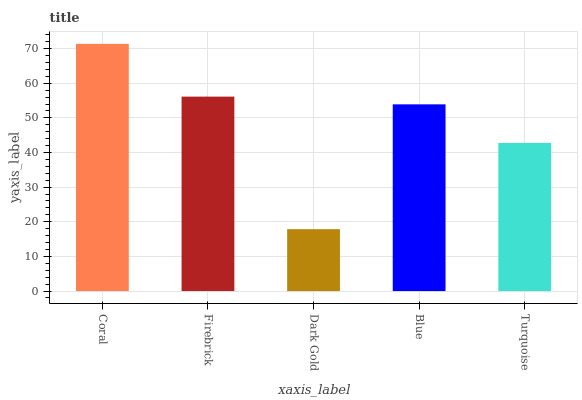
| xaxis_label | bars |
 | --- | --- |
 | Coral | 71.4 |
 | Firebrick | 56.1 |
 | Dark Gold | 17.9 |
 | Blue | 53.9 |
 | Turquoise | 42.8 |